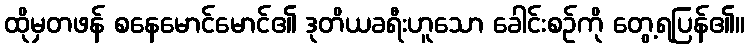
ထိုမှတဖန် စနေမောင်မောင်၏ ဒုတိယခရီးဟူသော ခေါင်းစဉ်ကို တွေ့ရပြန်၏။